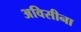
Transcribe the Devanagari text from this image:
अविसीना